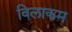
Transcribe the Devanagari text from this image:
विलाकम